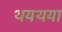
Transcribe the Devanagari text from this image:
थयथया